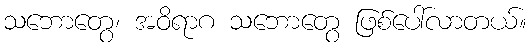
သဘောတွေ၊ အဝိရာဂ သဘောတွေ ဖြစ်ပေါ်လာတယ်။